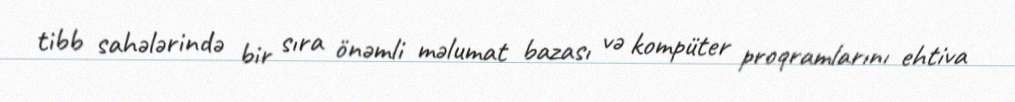
tibb sahələrində bir sıra önəmli məlumat bazası və kompüter proqramlarını ehtiva